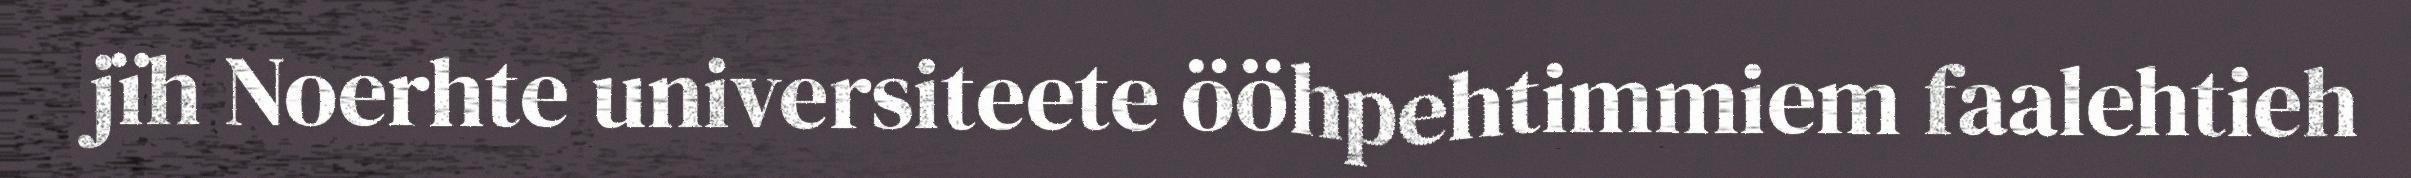
jïh Noerhte universiteete ööhpehtimmiem faalehtieh